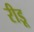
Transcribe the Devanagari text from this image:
रीडू